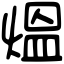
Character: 熅